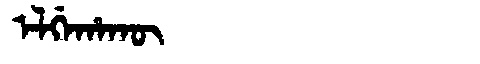
Manchu: ᡝᠯᡤᡝᡥᠠᡴᡡ
Romanization: ELGEHAKŪ